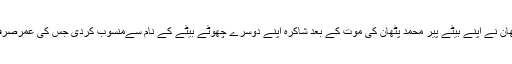
عبدالرحمن پٹھان نے اپنے بیٹے پیر محمد پٹھان کی موت کے بعد شاکرہ اپنے دوسرے چھوٹے بیٹے کے نام سےمنسوب کردی جس کی عمرصرف 8سال ہے۔